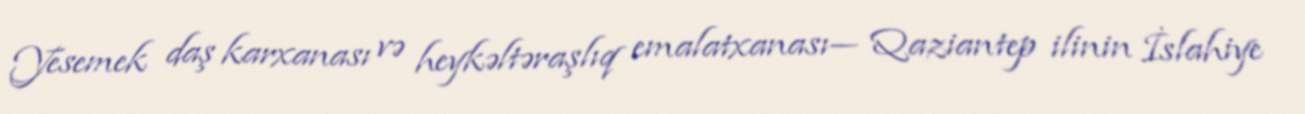
Yesemek daş karxanası və heykəltəraşlıq emalatxanası— Qaziantep ilinin İslahiye